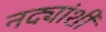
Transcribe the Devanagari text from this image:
नद्यांशी